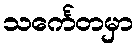
သင်္ကေတမှာ